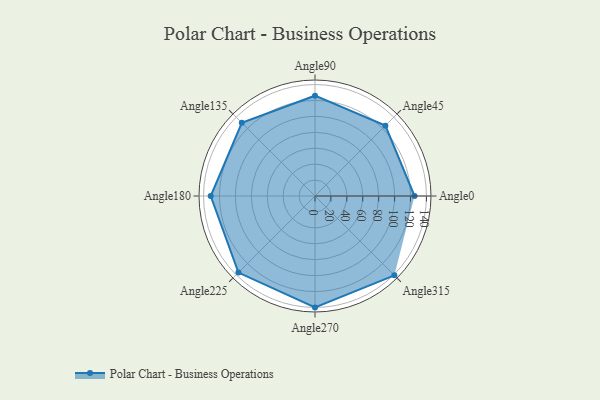
{"axis": {"x": "Angle", "y": "Radius"}, "legend": [""], "data": [{"x": "Angle0", "y": 125.0, "type": ""}, {"x": "Angle45", "y": 125.0, "type": ""}, {"x": "Angle90", "y": 126.0, "type": ""}, {"x": "Angle135", "y": 130.0, "type": ""}, {"x": "Angle180", "y": 131.0, "type": ""}, {"x": "Angle225", "y": 136.0, "type": ""}, {"x": "Angle270", "y": 140.0, "type": ""}, {"x": "Angle315", "y": 141.0, "type": ""}]}